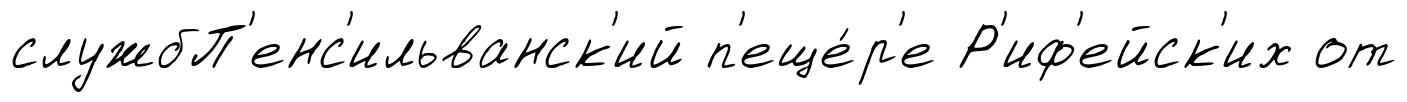
службП'енс'ильванск'ий п'еще́р'е Р'иф'ейск'их от